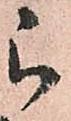
被